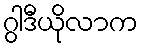
ဂွါဒီယိုလာက